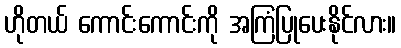
ဟိုတယ် ကောင်းကောင်းကို အကြံပြုပေးနိုင်လား။